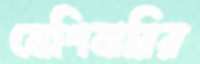
মেশিনারির